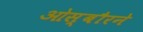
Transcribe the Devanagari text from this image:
ओस्बौरने